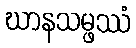
ဃာနသမ္ဖဿံ